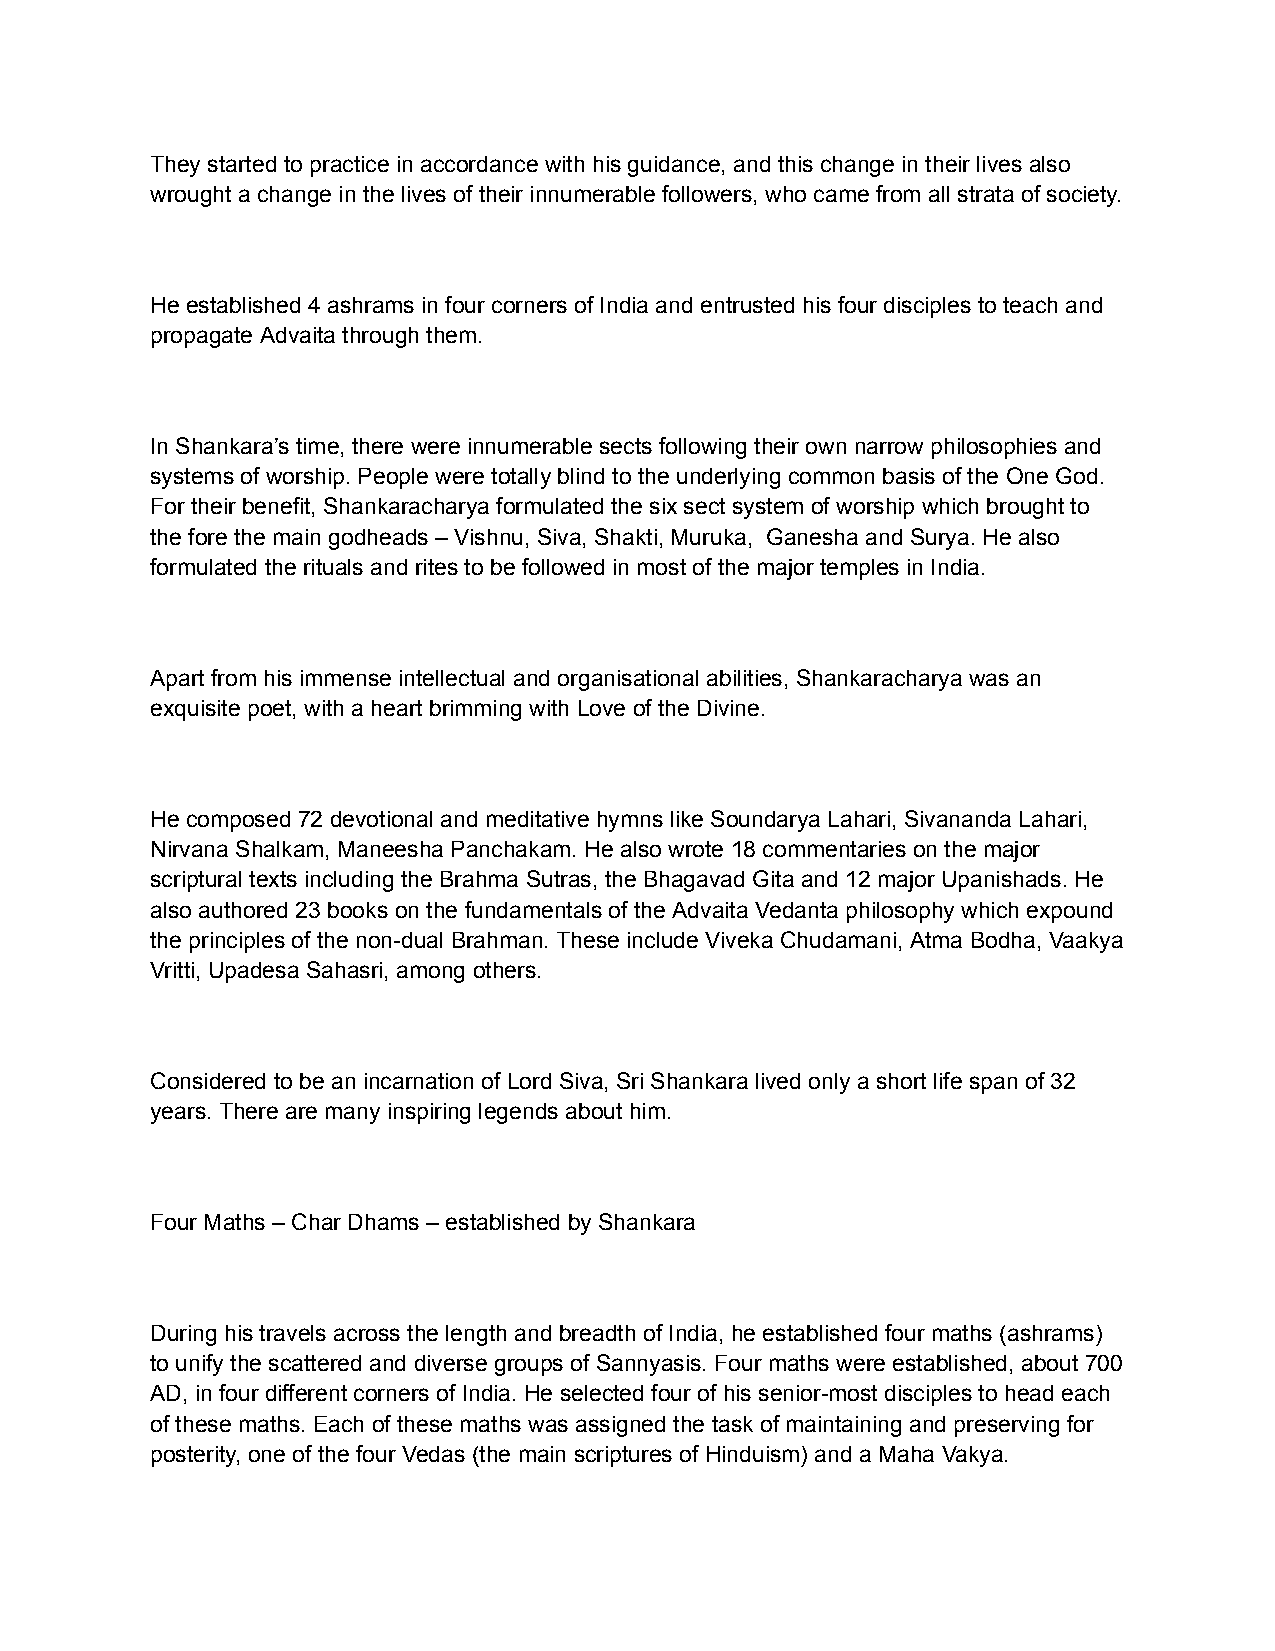
They started to practice in accordance with his guidance, and this change in their lives also
 wrought a change in the lives of their innumerable followers, who came from all strata of society.
 He established 4 ashrams in four corners of India and entrusted his four disciples to teach and
 propagate Advaita through them.
 In Shankara’s time, there were innumerable sects following their own narrow philosophies and
 systems of worship. People were totally blind to the underlying common basis of the One God.
 For their benefit, Shankaracharya formulated the six sect system of worship which brought to
 the fore the main godheads – Vishnu, Siva, Shakti, Muruka, Ganesha and Surya. He also
 formulated the rituals and rites to be followed in most of the major temples in India.
 Apart from his immense intellectual and organisational abilities, Shankaracharya was an
 exquisite poet, with a heart brimming with Love of the Divine.
 He composed 72 devotional and meditative hymns like Soundarya Lahari, Sivananda Lahari,
 Nirvana Shalkam, Maneesha Panchakam. He also wrote 18 commentaries on the major
 scriptural texts including the Brahma Sutras, the Bhagavad Gita and 12 major Upanishads. He
 also authored 23 books on the fundamentals of the Advaita Vedanta philosophy which expound
 the principles of the non-dual Brahman. These include Viveka Chudamani, Atma Bodha, Vaakya
 Vritti, Upadesa Sahasri, among others.
 Considered to be an incarnation of Lord Siva, Sri Shankara lived only a short life span of 32
 years. There are many inspiring legends about him.
 Four Maths – Char Dhams – established by Shankara
 During his travels across the length and breadth of India, he established four maths (ashrams)
 to unify the scattered and diverse groups of Sannyasis. Four maths were established, about 700
 AD, in four different corners of India. He selected four of his senior-most disciples to head each
 of these maths. Each of these maths was assigned the task of maintaining and preserving for
 posterity, one of the four Vedas (the main scriptures of Hinduism) and a Maha Vakya.